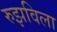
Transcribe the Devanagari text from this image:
रुझविला